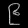
Digit: ၉